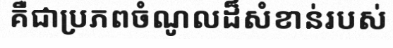
គឺជាប្រភពចំណូលដ៏សំខាន់របស់